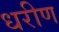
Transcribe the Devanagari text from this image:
धरीण